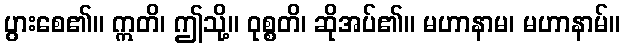
ပွားစေ၏။ ဣတိ၊ ဤသို့။ ဝုစ္စတိ၊ ဆိုအပ်၏။ မဟာနာမ၊ မဟာနာမ်။